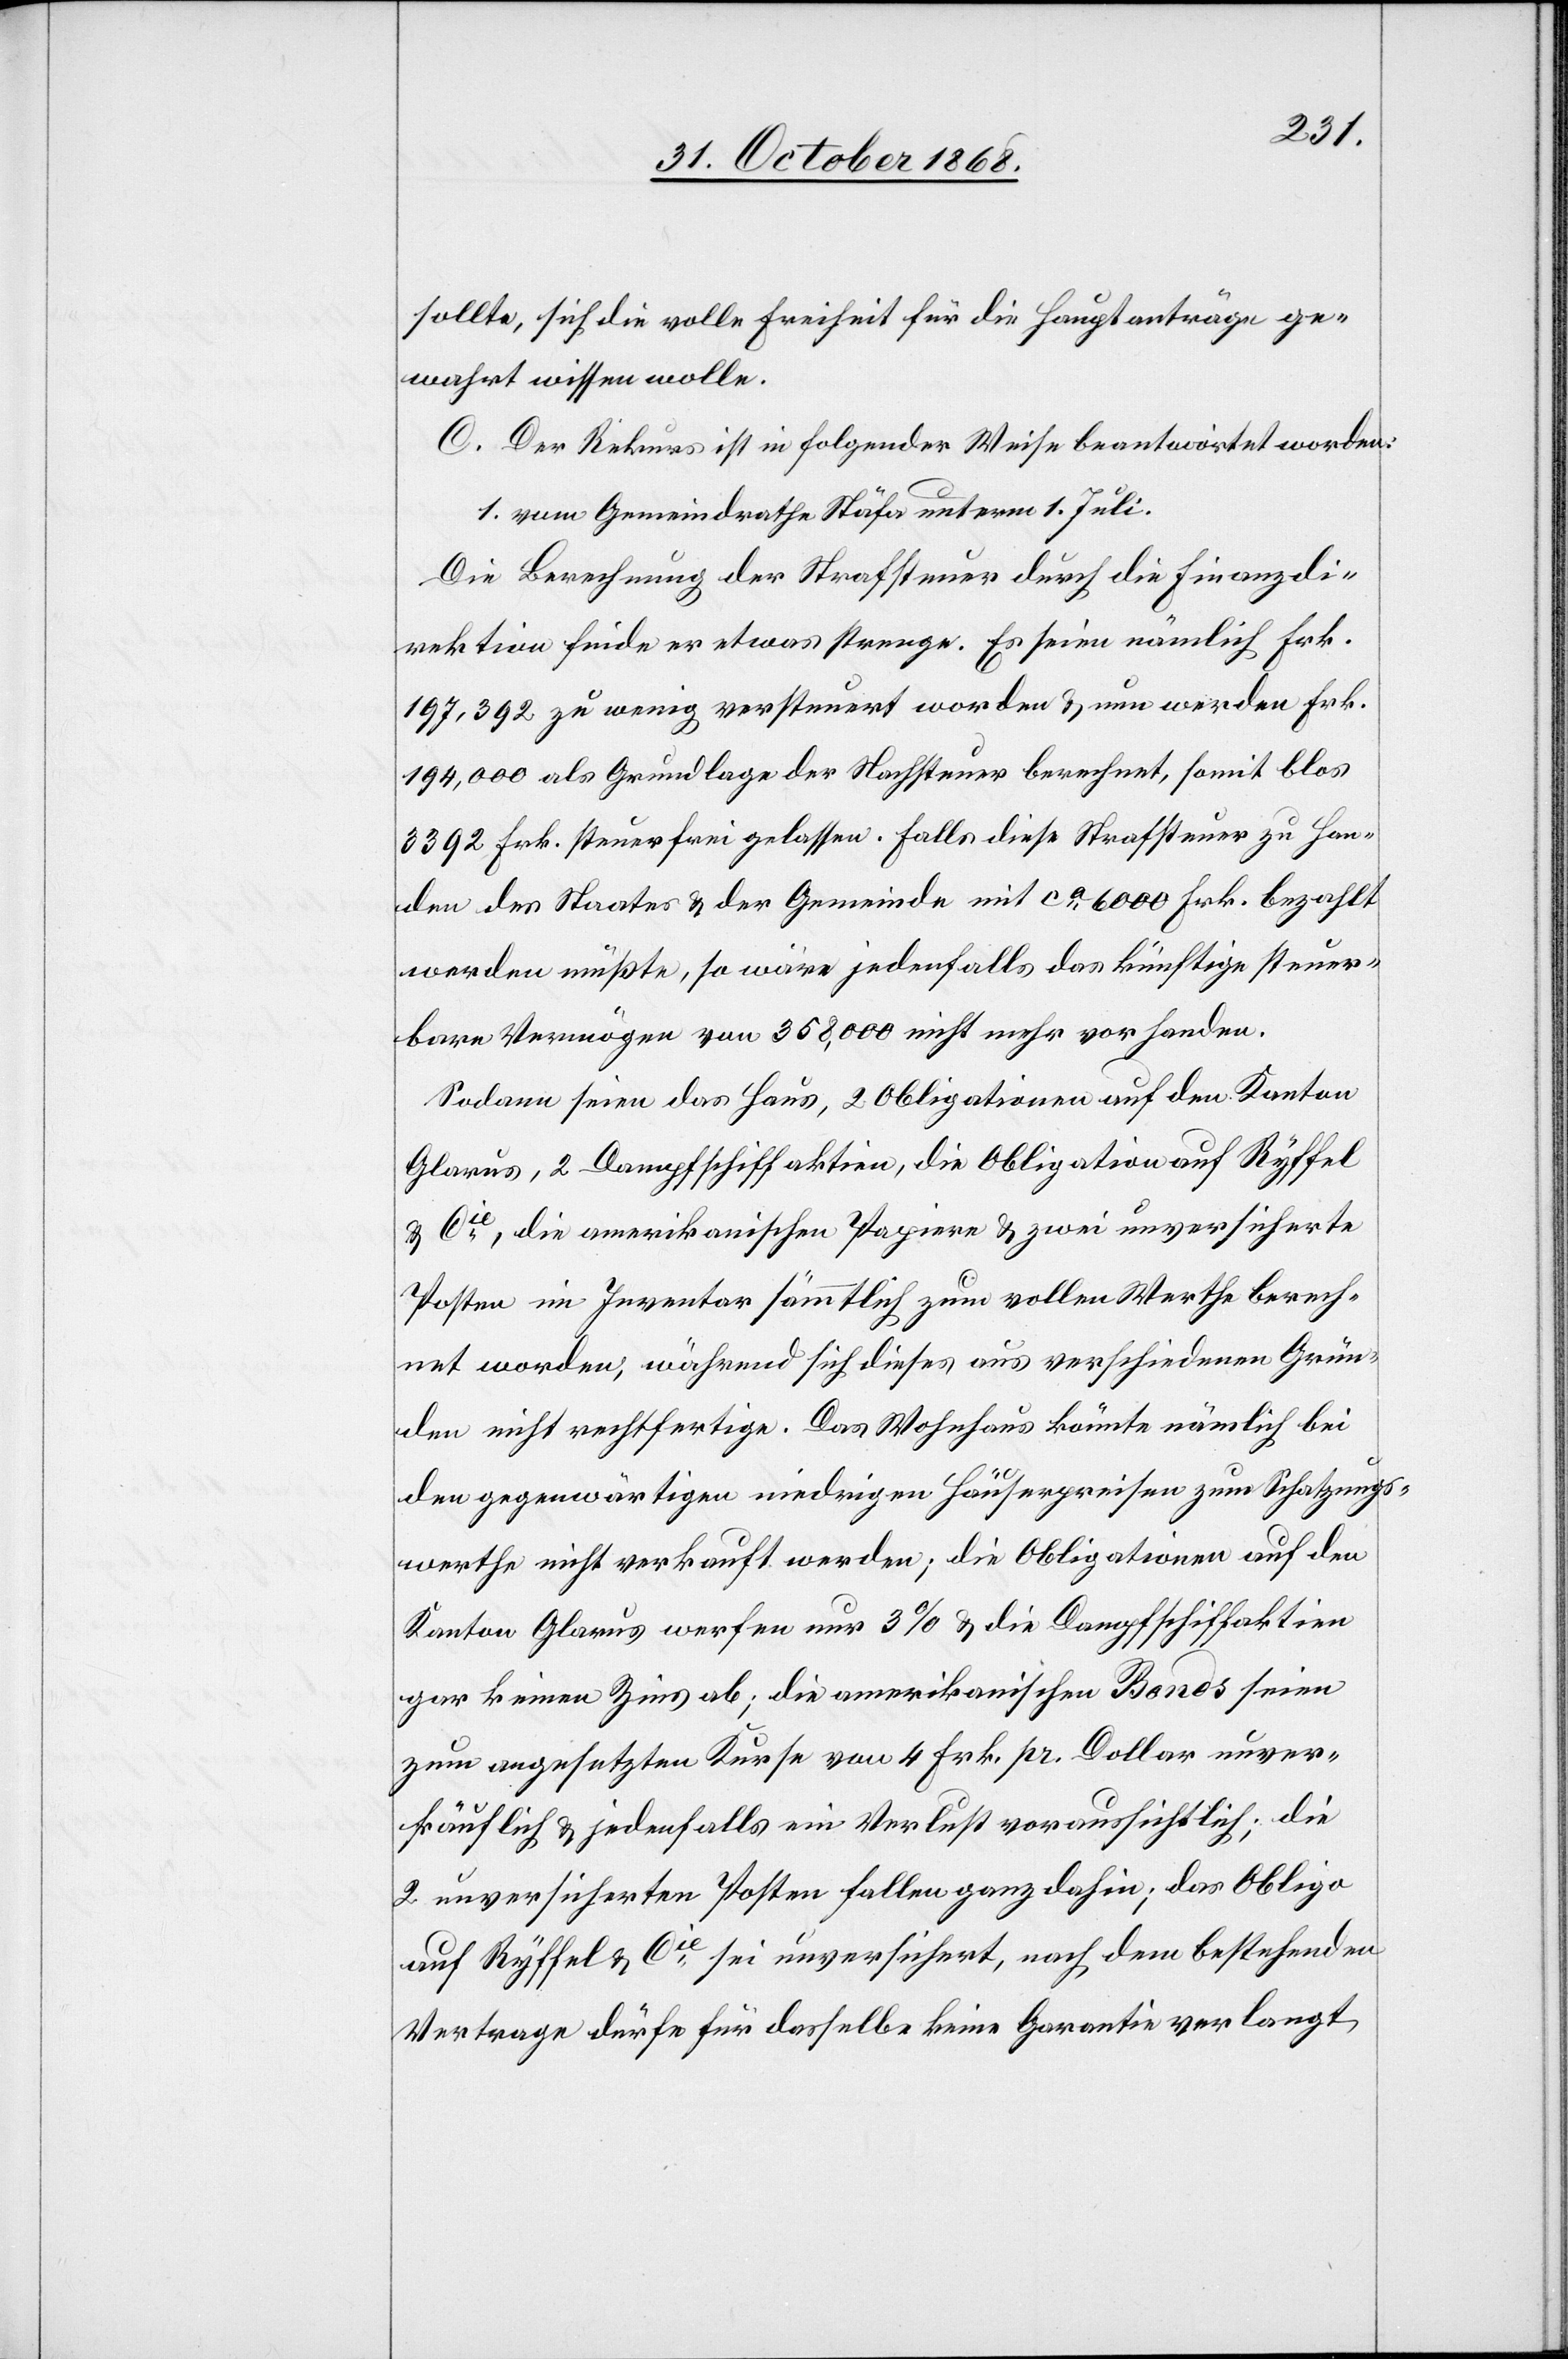
sollte, sich die volle Freiheit für die Hauptanträge ge¬
wahrt wissen wolle.
C. Der Rekurs ist in folgender Weise beantwortet worden:
1. vom Gemeindrathe Stäfa unterm 1. Juli.
Die Berechnung der Strafsteuer durch die Finanzdi¬
rektion finde er etwas strenge. Es seien nämlich Frk.
197,392 zu wenig versteuert worden & nun werden Frk.
194,000 als Grundlage der Nachsteuer berechnet, somit blos
3392 Frk. steuerfrei gelassen. Falls diese Strafsteuer zu Han¬
den des Staates & der Gemeinde mit ca 6000 Frk. bezahlt
werden müßte, so wäre jedenfalls das künftige steuer¬
bare Vermögen von 358,000 nicht mehr vorhanden.
Sodann seien das Haus, 2 Obligationen auf den Kanton
Glarus, 2 Dampfschiffaktien, die Obligation auf Ryffel
& Cie, die amerikanischen Papiere & zwei unversicherte
Posten im Inventar sämmtlich zum vollen Werthe berech¬
net worden, während sich dieses aus verschiedenen Grün¬
den nicht rechtfertige. Das Wohnhaus könnte nämlich bei
den gegenwärtigen niedrigen Häuserpreisen zum Schatzungs¬
werthe nicht verkauft werden; die Obligationen auf den
Kanton Glarus werfen nur 3% & die Dampfschiffaktien
gar keinen Zins ab; die amerikanischen Bonds seien
zum angesetzten Kurse von 4 Frk. pr. Dollar unver¬
käuflich & jedenfalls ein Verlust voraussichtlich; die
2 unversicherten Posten fallen ganz dahin; das Obligo
auf Ryffel & Cie sei unversichert, nach dem bestehenden
Vertrage dürfe für dasselbe keine Garantie verlangt